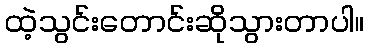
ထဲ့သွင်းတောင်းဆိုသွားတာပါ။